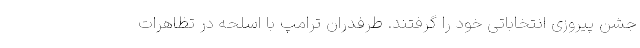
جشن پیروزی انتخاباتی خود را گرفتند. طرفدران ترامپ با اسلحه در تظاهرات